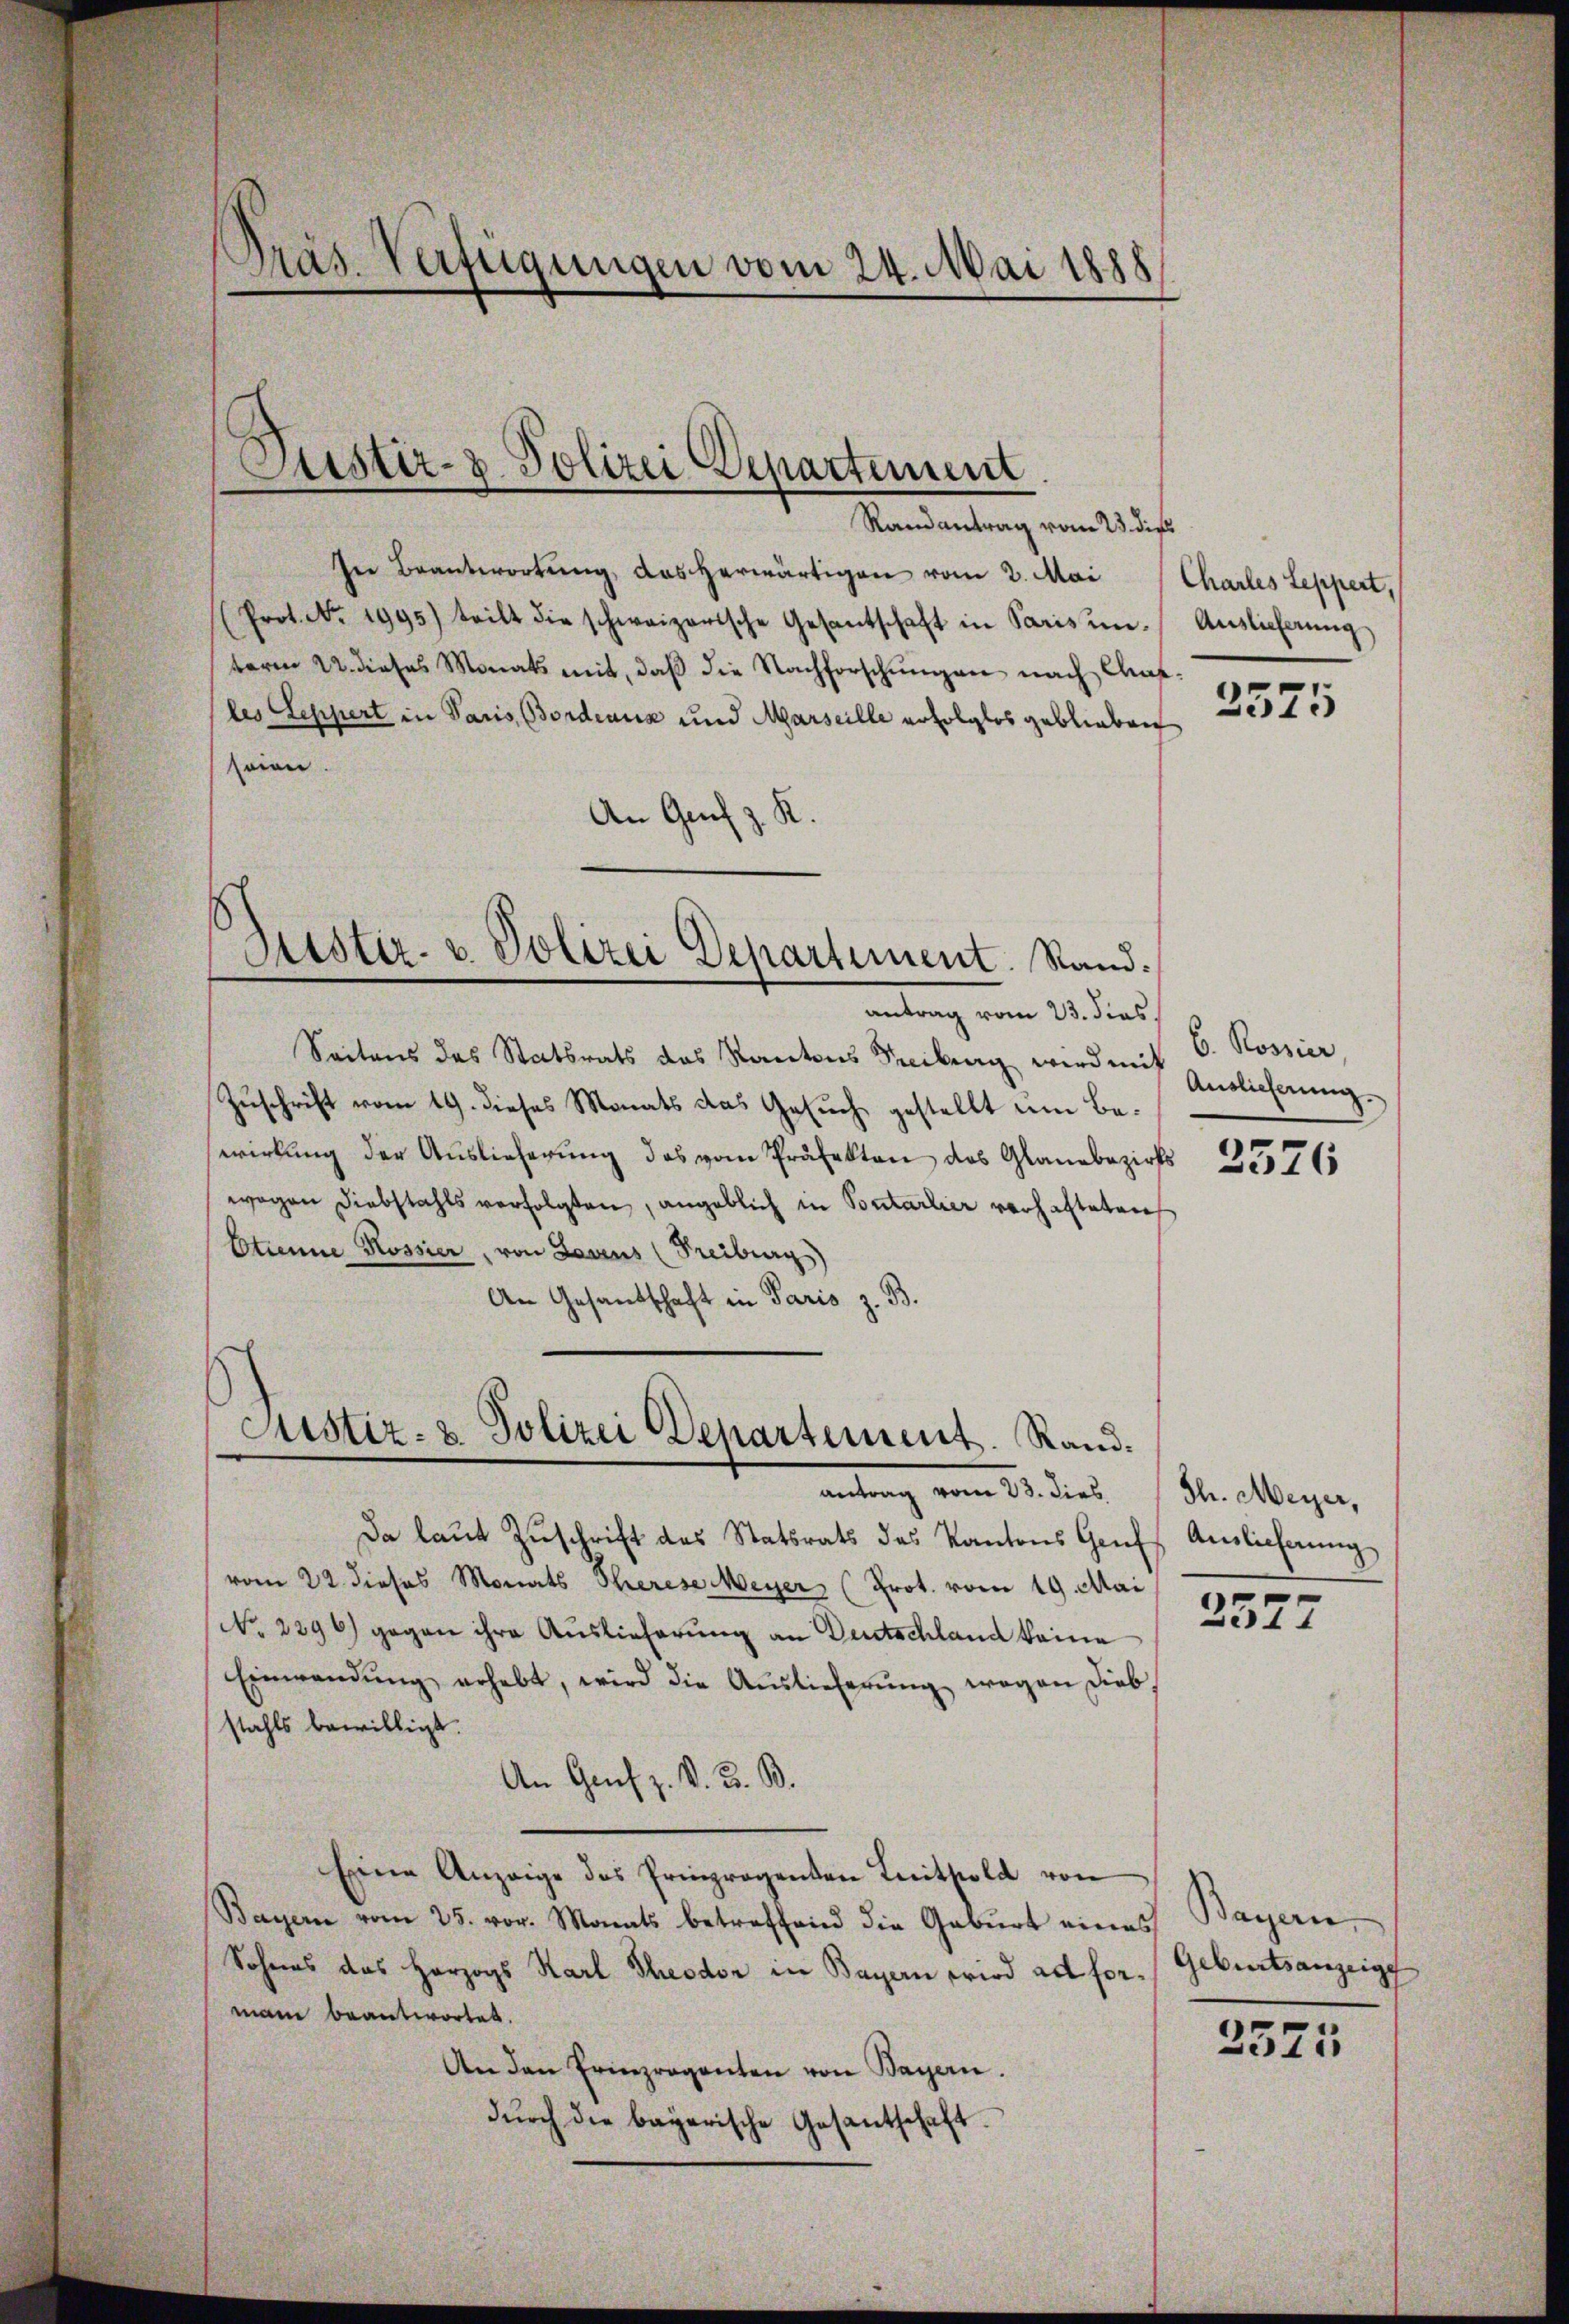
Präs. Verfügungen vom 24. Mai 1888

Justiz- & Polizei Departement

Randantrag vom 23. die
In Beantwortŭng, das herwärtigen vom 2. Mai Charles Leppert,
(Prot. No. 1995) teilt die schweizerische Gesantschaft in Paris um Auslieferŭng
term 22. dieses Monats mit, daβ die Nachforschŭngen nach Charles Seppert in Paris Bordeaux und Marseille erfolglos geblieben
seien.
An Genf z. K.
Justiz- u. Polizei Departement. Stand.
antrag vom 23. dies.
Seitens das Statsrats das Kantons Teilung wird mit
Zuschrift vom 19. dieses Monats das Gesuch gestellt um Bewirkung der Auslieferung das vom Präfekten das Glanzbezirks
wagen Diebstahls verfolgten, angeblich in Sontarlier verhalteten
Etienne Rossier, von Lesens (Freiburg)
An Gesandschaft in Paris z. B.

Justiz- & Polizei Departement. Rand¬

antrag vom 23. dies
Da laŭt Zŭschrift des Statsrats des Kantons Genf Amlicherung
vom 22. dieses Monats Therese Meyer (Prot. vom 19. Mai
(No. 2296) gegen ihre Auslieferung an Deutschland keine
Einwendŭng erhebt, wird die Auslieferŭng wegen dieb,
stahls bewilligt.
An Genf z. B. 3. B.
Eine Anzeige des Prinzrogenten Leithold von
Bayern vom 25. vor. Monats betreffend die Geburt eines
Sohnes das Herzogs Karl Theodor in Bayern wird ad forman beantwortet.
An den Erinzregenten von Bayern.
dŭrch die bayerische Gesantschaft.

3575

E. Rossier,
Auslieferung.

3576

Th. Meyer,

2577

Bayern,
Geburtsanzeige

2575